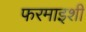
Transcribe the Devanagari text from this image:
फरमाइशी